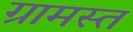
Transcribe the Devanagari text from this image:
ग्रामस्त